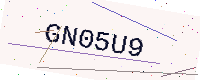
Text: GN05U9